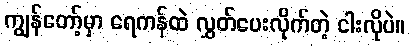
ကျွန်တော့်မှာ ရေကန်ထဲ လွှတ်ပေးလိုက်တဲ့ ငါးလိုပဲ။